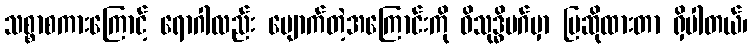
သစ္စာစကားကြောင့် ရောဂါလည်း ပျောက်တဲ့အကြောင်းကို ဝိသုဒ္ဓိမဂ်မှာ ပြဆိုထားတာ ရှိပါတယ်၊